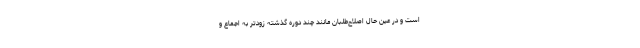
است و در عین حال اصلاح‌طلبان مانند چند دوره گذشته زودتر به اجماع و